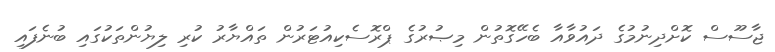
ޖާސޫސް ކޮށްދިނުމުގެ ދައުވާއާ ބެހޭގޮތުން މިޞުރުގެ ޕްރޮސެކިއުޓަރުން ތައްޔާރު ކުރި ލިޔުންތަކުގައި ބުނެފައި